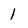
Character: 1